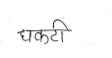
मजकूर: धकटी